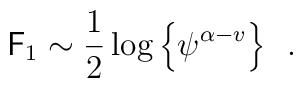
{{\sf F}_1} \sim \frac{1}{2}\log \left\{{\psi^{\alpha -v}}\right\}\,\,\,.